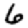
Digit: 6